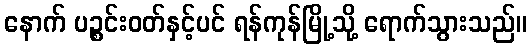
နောက် ပဉ္စင်းဝတ်နှင့်ပင် ရန်ကုန်မြို့သို့ ရောက်သွားသည်။